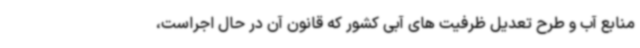
منابع آب و طرح تعدیل ظرفیت های آبی کشور که قانون آن در حال اجراست،